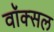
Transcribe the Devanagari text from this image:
वॉक्‍सल